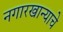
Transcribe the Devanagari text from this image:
नगारखान्याचे